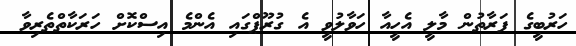
ހަރުބީގެ ފަރާތުން މާލީ އެހީއާ ހަވާލުވީ އެ ގުރޫޕްގައި އެންމެ އިސްކޮށް ހަރަކާތްތެރިވާ